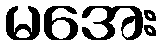
မအေး